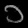
Digit: ၁